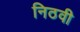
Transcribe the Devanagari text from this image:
निठवी